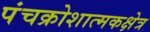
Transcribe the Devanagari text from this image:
पंचक्रोशात्मकक्षेत्र